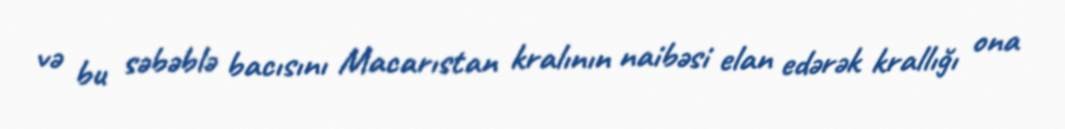
və bu səbəblə bacısını Macarıstan kralının naibəsi elan edərək krallığı ona